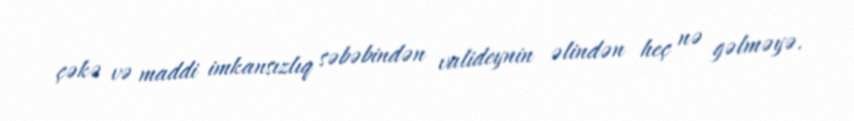
çəkə və maddi imkansızlıq səbəbindən valideynin əlindən heç nə gəlməyə.